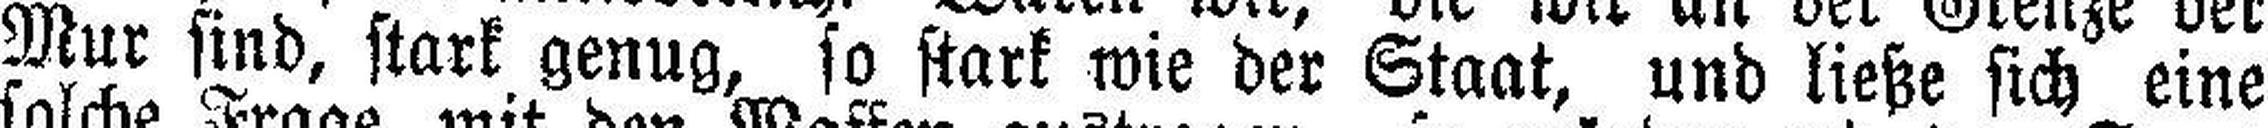
Mur sind, stark genug, so stark wie der Staat, und ließe sich eine